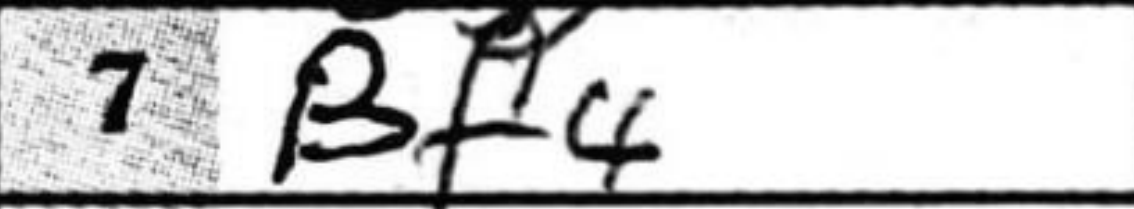
Transcription: Bf4